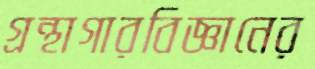
গ্রন্থাগারবিজ্ঞানের